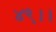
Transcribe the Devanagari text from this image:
४९।।